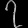
Digit: ၇